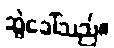
ဆွဲခေါ်သည်။